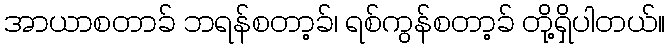
အာယာစတာခ် ဘရန်စတာ့ခ်၊ ရစ်ကွန်စတာ့ခ် တို့ရှိပါတယ်။